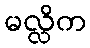
မလ္လိက